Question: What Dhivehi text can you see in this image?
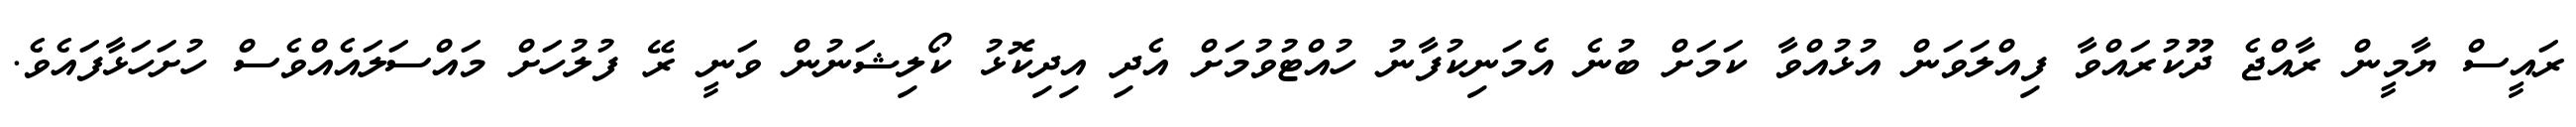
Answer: ރައީސް ޔާމީން ރާއްޖެ ދޫކުރައްވާ ފިއްލަވަން އުޅުއްވާ ކަމަށް ބުނެ އެމަނިކުފާނު ހުއްޓުވުމަށް އެދި އިދިކޮޅު ކޯލިޝަނުން ވަނީ ރޭ ފުލުހަށް މައްސަލައެއްވެސް ހުށަހަޅާފައެވެ.